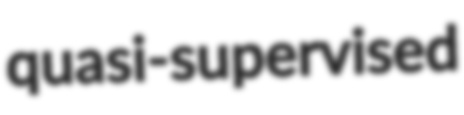
quasi-supervised